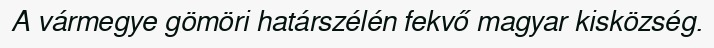
A vármegye gömöri határszélén fekvő magyar kisközség.